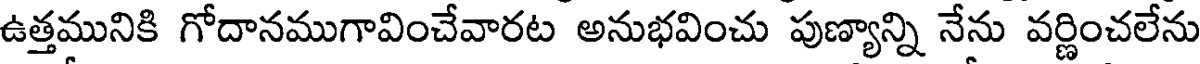
ఉత్తమునికి గోదానముగావించేవారట అనుభవించు పుణ్యాన్ని నేను వర్ణించలేను